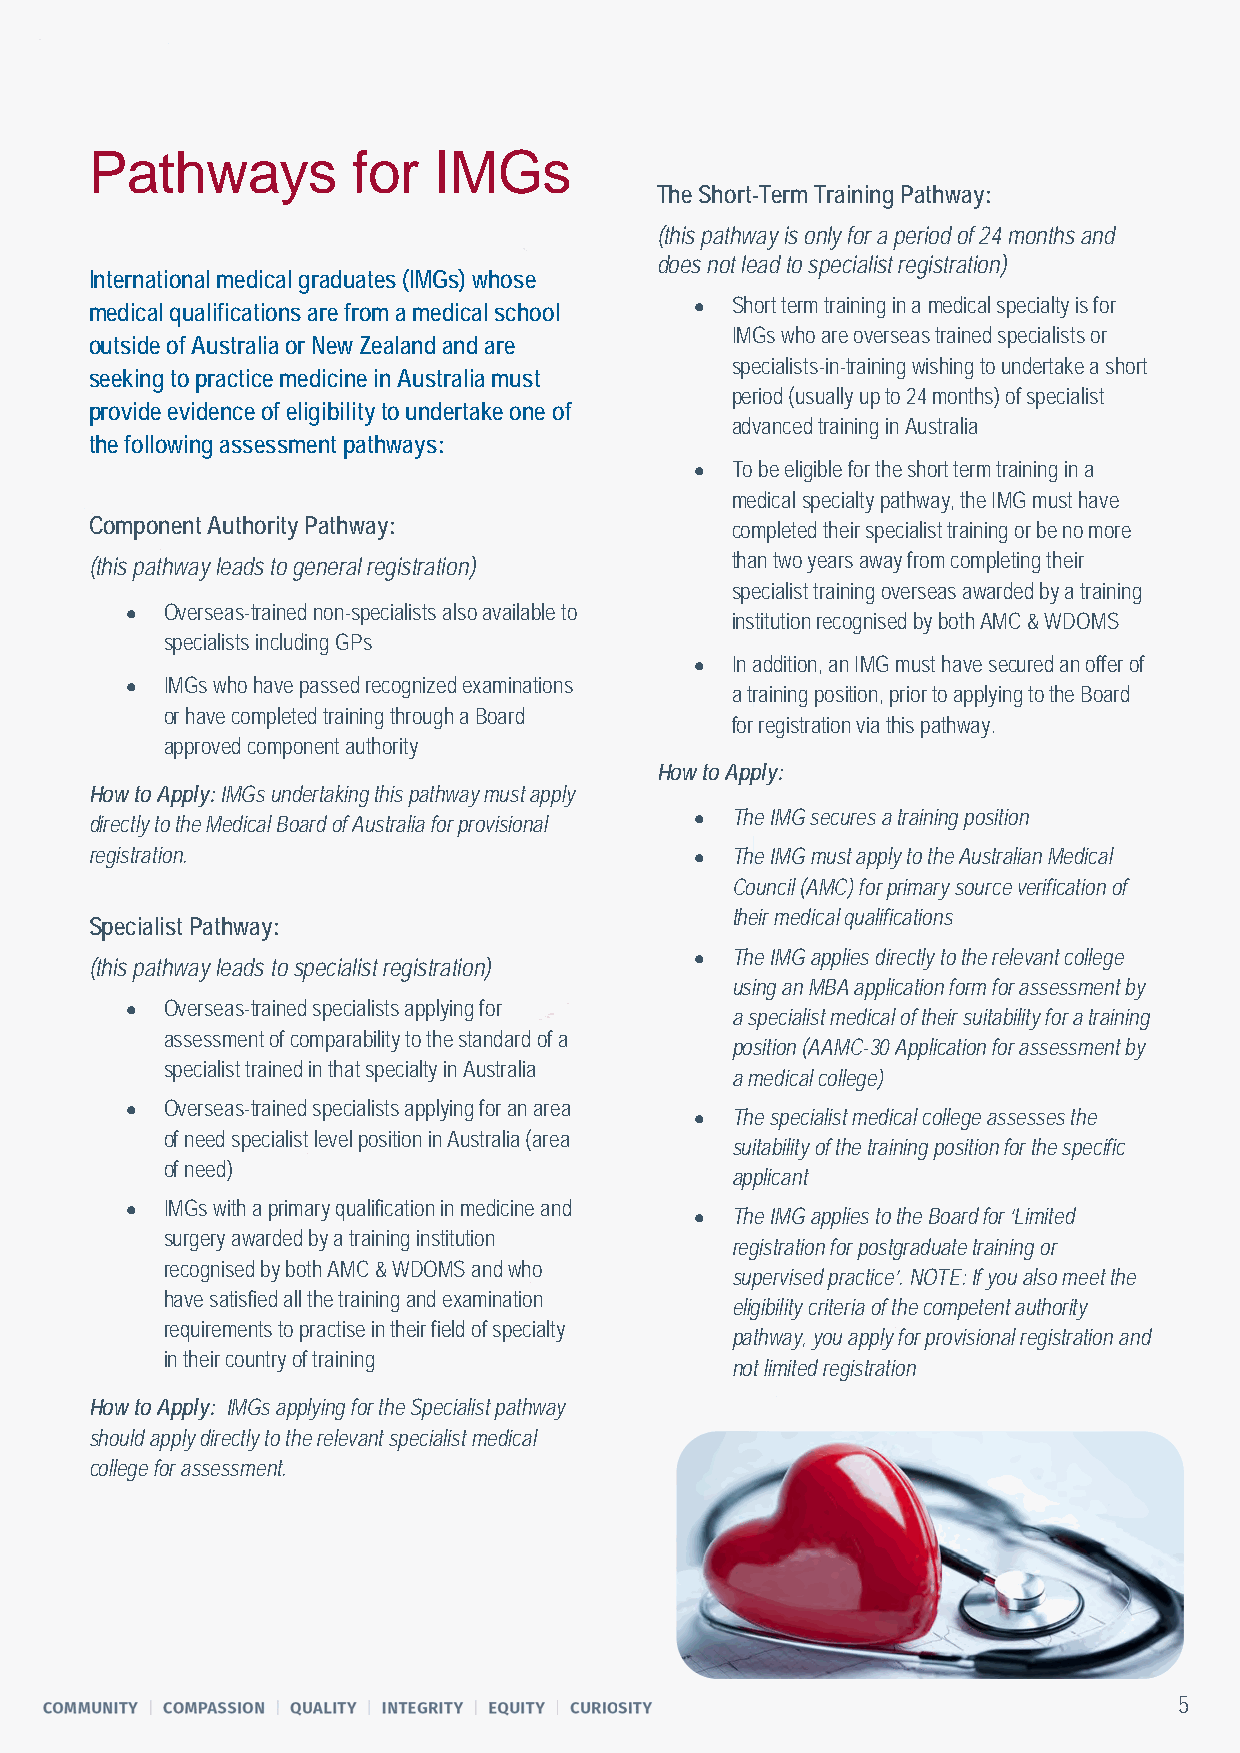
Pathways         for   IMGs
 The Short-Term Training Pathway:
 (this pathway is only for a period of 24 months and
 does not lead to specialist registration)
 International medical graduates (IMGs) whose
 • Short term training in a medical specialty is for
 medical qualifications are from a medical school
 IMGs who are overseas trained specialists or
 outside of Australia or New Zealand and are
 specialists-in-training wishing to undertake a short
 seeking to practice medicine in Australia must
 period (usually up to 24 months) of specialist
 provide evidence of eligibility to undertake one of
 advanced training in Australia
 the following assessment pathways:
 • To be eligible for the short term training in a
 medical specialty pathway, the IMG must have
 Component Authority Pathway:              completed their specialist training or be no more
 (this pathway leads to general registration) than two years away from completing their
 specialist training overseas awarded by a training
 •  Overseas-trained non-specialists also available to
 institution recognised by both AMC & WDOMS
 specialists including GPs
 • In addition, an IMG must have secured an offer of
 •  IMGs who have passed recognized examinations
 a training position, prior to applying to the Board
 or have completed training through a Board
 for registration via this pathway.
 approved component authority
 How to Apply:
 How to Apply: IMGs undertaking this pathway must apply
 • The IMG secures a training position
 directly to the Medical Board of Australia for provisional
 registration.                           • The IMG must apply to the Australian Medical
 Council (AMC) for primary source verification of
 their medical qualifications
 Specialist Pathway:
 • The IMG applies directly to the relevant college
 (this pathway leads to specialist registration)
 using an MBA application form for assessment by
 •  Overseas-trained specialists applying for
 a specialist medical of their suitability for a training
 assessment of comparability to the standard of a
 position (AAMC-30 Application for assessment by
 specialist trained in that specialty in Australia
 a medical college)
 •  Overseas-trained specialists applying for an area
 • The specialist medical college assesses the
 of need specialist level position in Australia (area
 suitability of the training position for the specific
 of need)
 applicant
 •  IMGs with a primary qualification in medicine and
 • The IMG applies to the Board for ‘Limited
 surgery awarded by a training institution
 registration for postgraduate training or
 recognised by both AMC & WDOMS and who
 supervised practice’. NOTE: If you also meet the
 have satisfied all the training and examination
 eligibility criteria of the competent authority
 requirements to practise in their field of specialty
 pathway, you apply for provisional registration and
 in their country of training
 not limited registration
 How to Apply: IMGs applying for the Specialist pathway
 should apply directly to the relevant specialist medical
 college for assessment.
 5